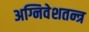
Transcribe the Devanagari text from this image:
अग्निवेशतन्त्र